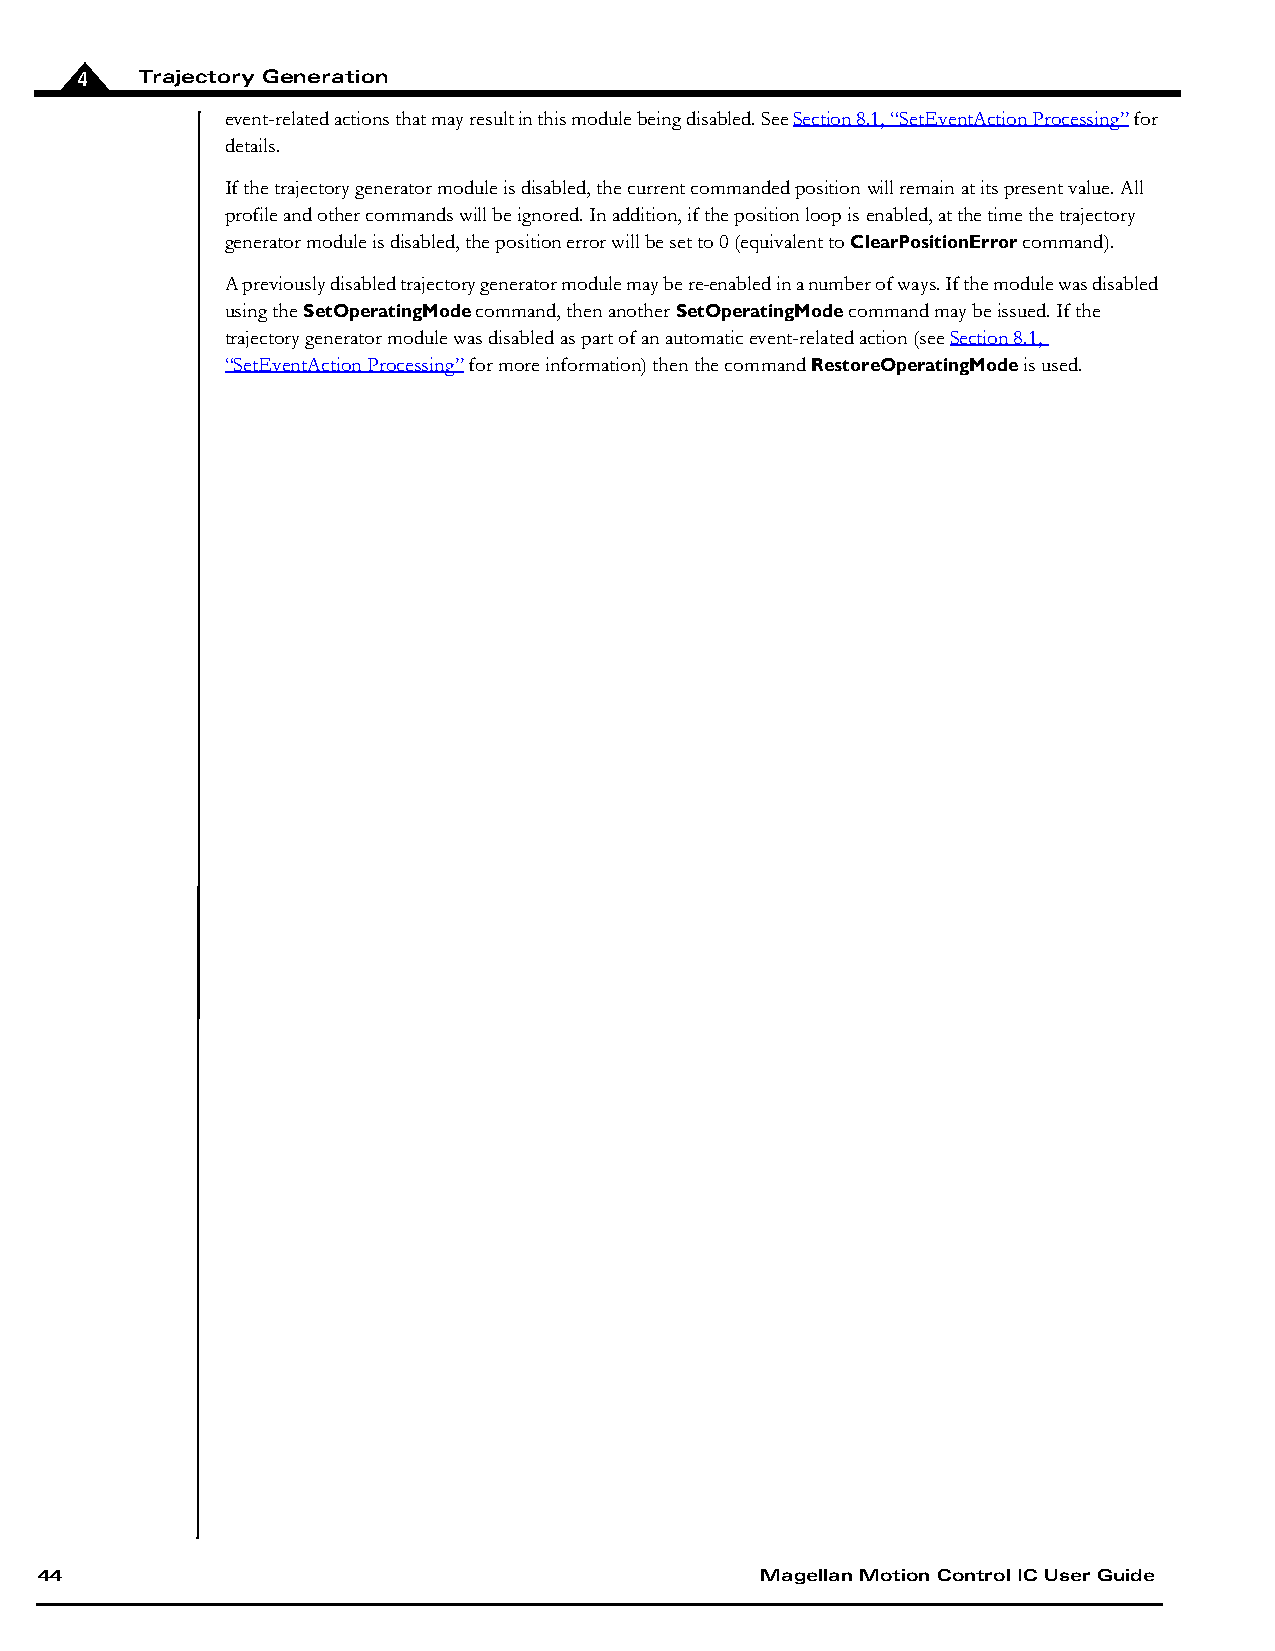
4   Trajectory Generation
 event-related actions that may result in this module being disabled. See Section 8.1, “SetEventAction Processing” for
 details.
 If the trajectory generator module is disabled, the current commanded position will remain at its present value. All
 profile and other commands will be ignored. In addition, if the position loop is enabled, at the time the trajectory
 generator module is disabled, the position error will be set to 0 (equivalent to ClearPositionError command).
 A previously disabled trajectory generator module may be re-enabled in a number of ways. If the module was disabled
 using the SetOperatingMode command, then another SetOperatingMode command may be issued. If the
 trajectory generator module was disabled as part of an automatic event-related action (see Section 8.1,
 “SetEventAction Processing” for more information) then the command RestoreOperatingMode is used.
 44                                              Magellan Motion Control IC User Guide